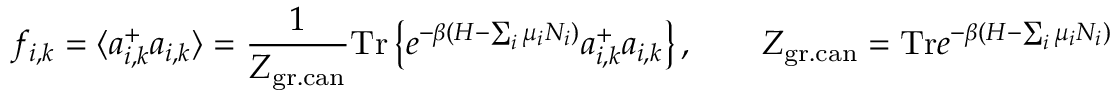
f _ { i , k } = \langle a _ { i , k } ^ { + } a _ { i , k } \rangle = \frac { 1 } { Z _ { \mathrm { g r . c a n } } } \mathrm { T r } \left\{ e ^ { - \beta ( H - \sum _ { i } \mu _ { i } N _ { i } ) } a _ { i , k } ^ { + } a _ { i , k } \right\} , \qquad Z _ { \mathrm { g r . c a n } } = \mathrm { T r } e ^ { - \beta ( H - \sum _ { i } \mu _ { i } N _ { i } ) }